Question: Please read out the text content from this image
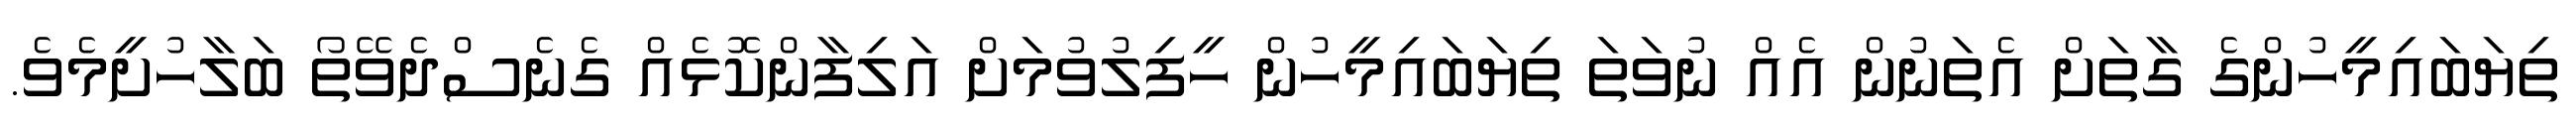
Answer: ތިޔަބައިމީހުންގެ ގާތަށް އެތަނުން އެއް ނުވަތަ ތިޔަބައިމީހުން ހީފިލުވުމަށް އަލިފާންކޮޅެއް ގެނެސްދެވޭތޯ ބަލާހުށީމެވެ.